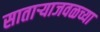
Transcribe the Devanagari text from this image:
साताऱ्याजवळच्या